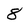
Character: 8